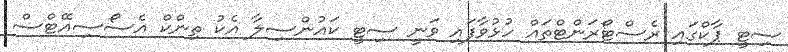
ސިޓީ ޕާކްގައި ރެސްޓޯރަންޓްތައް ހުޅުވާފައި ވަނީ ސިޓީ ކައުންސިލާ އެކު ތިންކް އެސޯސިއޭޓްސް